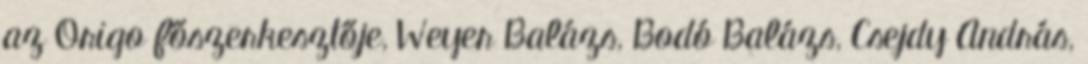
az Origo főszerkesztője, Weyer Balázs, Bodó Balázs, Csejdy András,